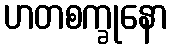
ဟတစက္ခုနော